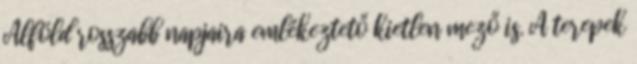
Alföld rosszabb napjaira emlékeztető kietlen mező is. A terepek